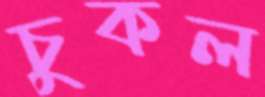
চুকল